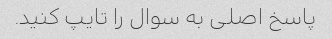
پاسخ اصلی به سوال را تایپ کنید.